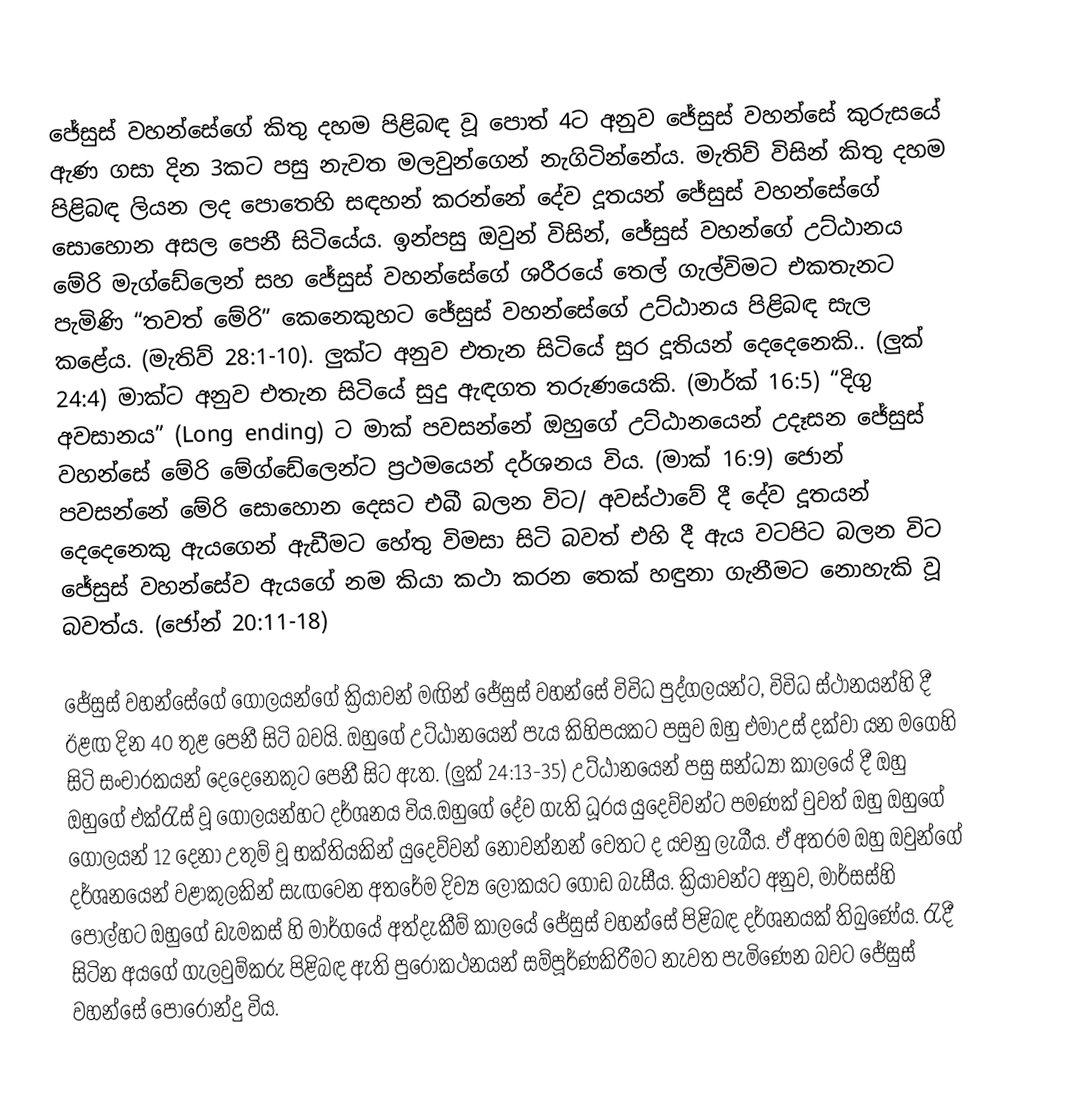
ජේසුස් වහන්සේගේ කිතු දහම පිළිබඳ වූ පොත් 4ට අනුව ජේසුස් වහන්සේ කුරුසයේ ඇණ ගසා දින 3කට පසු නැවත මලවුන්ගෙන් නැගිටින්නේය. මැතිව් විසින් කිතු දහම පිළිබඳ ලියන ලද පොතෙහි සඳහන් කරන්නේ දේව දූතයන් ජේසුස් වහන්සේගේ සොහොන අසල පෙනී සිටියේය. ඉන්පසු ඔවුන් විසින්, ජේසුස් වහන්ගේ උට්ඨානය මේරි මැග්ඩේලෙන් සහ ජේසුස් වහන්සේගේ ශරීරයේ තෙල් ගැල්විමට එකතැනට පැමිණි “තවත් මේරි” කෙනෙකුහට ජේසුස් වහන්සේගේ උට්ඨානය පිළිබඳ සැල කළේය. (මැතිව් 28:1-10). ලුක්ට අනුව එතැන සිටියේ සුර දූතියන් දෙදෙනෙකි.. (ලුක් 24:4) මාක්ට අනුව එතැන සිටියේ සුදු ඇඳගත තරු‍ණයෙකි. (මාර්ක් 16:5) “දිගු අවසානය” (Long ending) ට මාක් පවසන්නේ ඔහුගේ උට්ඨානයෙන් උදෑසන ජේසුස් වහන්සේ මේරි ‍මේග්ඩේලෙන්ට ප්‍රථමයෙන් දර්ශනය විය. (මාක් 16:9) ජොන් පවසන්නේ මේරි සොහොන දෙසට එබී බලන විට/ අවස්ථාවේ දී දේව දූතයන් දෙදෙනෙකු ඇයගෙන් ඇඩීමට හේතු විමසා සිටි බවත් එහි දී ඇය වටපිට බලන විට ජේසුස් වහන්සේව ඇය‍ගේ නම කියා කථා කරන තෙක් හඳුනා ගැනීමට නොහැකි වූ බවත්ය. (ජෝන් 20:11-18)

ජේසුස් වහන්සේගේ ගෝලයන්ගේ ක්‍රියාවන් මඟින් ජේසුස් වහන්සේ විවිධ පුද්ගලයන්ට, විවිධ ස්ථානයන්හි දී ඊළඟ දින 40 තුළ පෙනී සිටි බවයි. ඔහුගේ උට්ඨානයෙන් පැය කිහිපයකට පසුව ඔහු එමාඋස් දක්වා යන මගෙහි සිටි සංචාරකයන් දෙදෙනෙකුට පෙනී සිට ඇත. (ලුක් 24:13-35) උට්ඨානයෙන් පසු සන්ධ්‍යා කාලයේ දී ඔහු ඔහුගේ එක්රැස් වූ ගෝලයන්හට දර්ශනය විය.ඔහුගේ දේව ගැති ධූරය යුදෙව්වන්ට පමණක් වුවත් ඔහු ඔහුගේ ගෝලයන් 12 දෙනා උතුම් වූ භක්තියකින් යුදෙව්වන් නොවන්නන් වෙතට ද යවනු ලැබීය. ඒ අතරම ඔහු ඔවුන්ගේ දර්ශනයෙන් වළාකුලකින් සැඟවෙන අතරේම දිව්‍ය ලෝකයට ගොඩ බැසීය. ක්‍රියාවන්ට අනුව, මාර්සස්හි පොල්හට ඔහුගේ ඩැමකස් හි මාර්ගයේ අත්දැකීම් කාලයේ ජේසුස් වහන්සේ පිළිබඳ දර්ශනයක් තිබුණේය. රැදී සිටින අයගේ ගැලවුම්කරු පිළිබඳ ඇති පුරෝකථනයන් සම්පූර්ණ‍කිරීමට නැවත පැමිණෙන බවට ජේසුස් වහන්සේ පොරොන්දු විය.